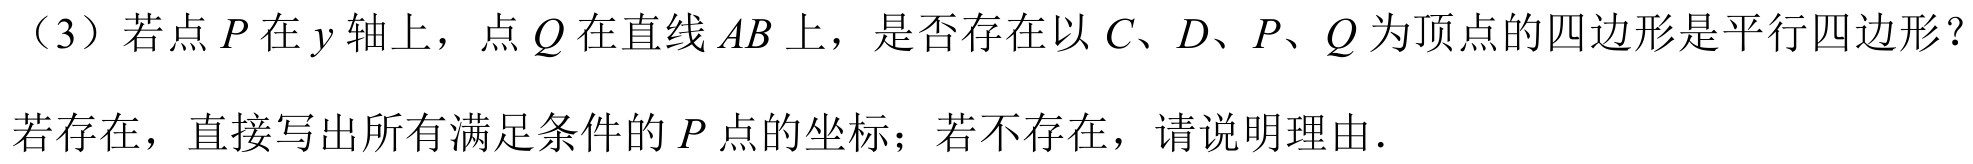
（3）若点\(P\)在\(y\)轴上，点\(Q\)在直线\(AB\)上，是否存在以\(C、D、P、Q\)为顶点的四边形是平行四边形？
若存在，直接写出所有满足条件的\(P\)点的坐标；若不存在，请说明理由.